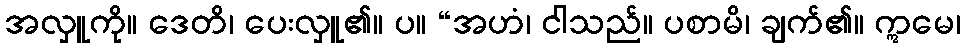
အလှူကို။ ဒေတိ၊ ပေးလှူ၏။ ပ။ “အဟံ၊ ငါသည်။ ပစာမိ၊ ချက်၏။ ဣမေ၊